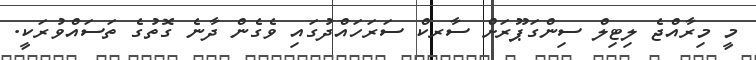
މީ މިރާއްޖެ ލިޓިލް ސިންގަޕޫރަށް ސާރކް ސަރަހައްދުގައި ވެގެން ދާނެ ގޮތުގެ ތަސައްވުރަކީ.